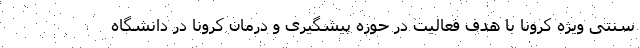
سنتی ویژه کرونا با هدف فعالیت در حوزه پیشگیری و درمان کرونا در دانشگاه